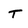
Character: T